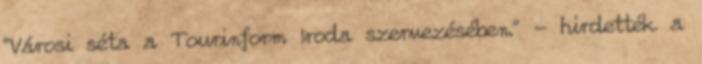
"Városi séta a Tourinform Iroda szervezésében." - hirdették a